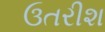
ઉતરીશ